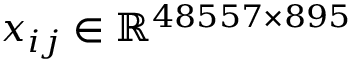
x _ { i j } \in \mathbb { R } ^ { 4 8 5 5 7 \times 8 9 5 }